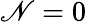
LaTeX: \mathscr{N}=0